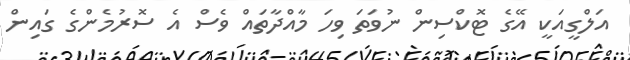
އަލްގީއަކީ އޭގެ ޓޮކްސިން ނުވަތަ ވިހަ މާއްދާތައް ވެސް އެ ސޮރުމެންގެ ގައިން